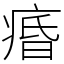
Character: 痻